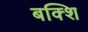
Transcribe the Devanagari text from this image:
बक्शि